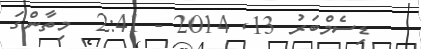
ޑިސެމްބަރު 13